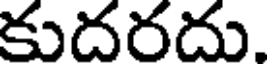
కుదరదు.